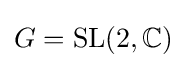
G={\text{SL}}(2,\mathbb {C} )